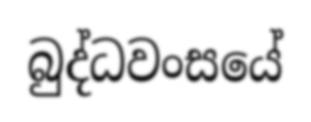
බුද්ධවංසයේ